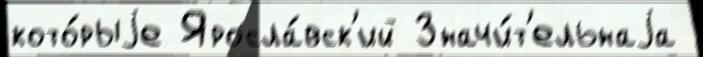
кото́рыjе Яросла́вск'ий Значи́т'ельнаjа